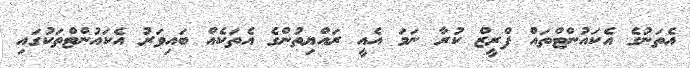
އެތަނުގެ އެކައުންޓްތައް ފްރީޒް ކުރާ ނަމަ އެއީ ރައްޔިތުންގެ އެތަކެއް ބައިވަރު އެކައުންޓްތަަކުގައި